Vaccination in the Punjab 1867-1880 - 1867-1880
Year: 1867
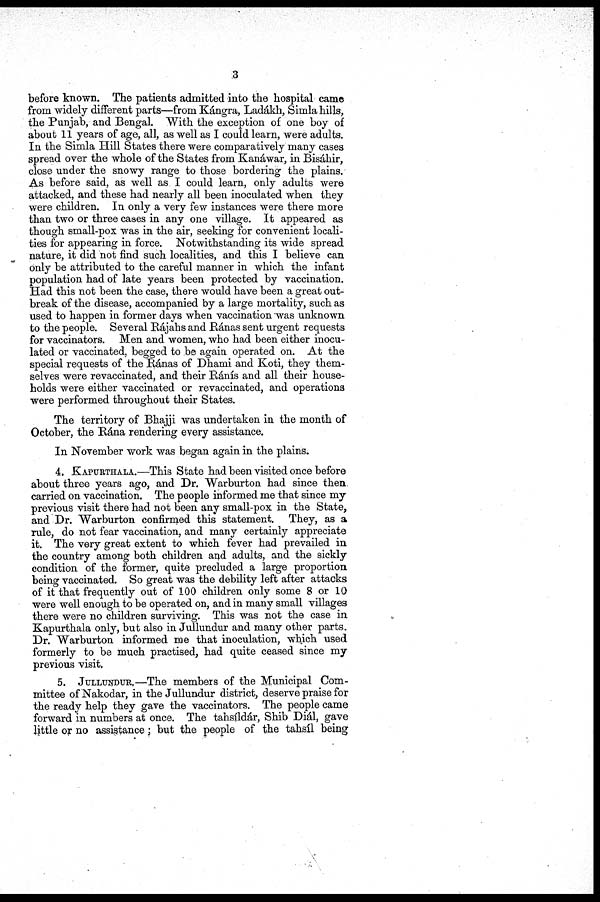
3
before known. The patients admitted into the hospital came
from widely different parts—from Kángra, Ladákh, Simla hills,
the Punjab, and Bengal. With the exception of one boy of
about 11 years of age, all, as well as I could learn, were adults.
In the Simla Hill States there were comparatively many cases
spread over the whole of the States from Kanáwar, in Bisáhir,
close under the snowy range to those bordering the plains.
As before said, as well as I could learn, only adults were
attacked, and these had nearly all been inoculated when they
were children. In only a very few instances were there more
than two or three cases in any one village. It appeared as
though small-pox was in the air, seeking for convenient locali-
ties for appearing in force. Notwithstanding its wide spread
nature, it did not find such localities, and this I believe can
only be attributed to the careful manner in which the infant
population had of late years been protected by vaccination.
Had this not been the case, there would have been a great out-
break of the disease, accompanied by a large mortality, such as
used to happen in former days when vaccination was unknown
to the people. Several Rájahs and Ránas sent urgent requests
for vaccinators. Men and women, who had been either inocu-
lated or vaccinated, begged to be again operated on. At the
special requests of the Ránas of Dhami and Koti, they them-
selves were revaccinated, and their Ránís and all their house-
holds were either vaccinated or revaccinated, and operations
were performed throughout their States.
The territory of Bhajji was undertaken in the month of
October, the Rána rendering every assistance.
In November work was began again in the plains.
4. KAPURTHALA.—This State had been visited once before
about three years ago, and Dr. Warburton had since then
carried on vaccination. The people informed me that since my
previous visit there had not been any small-pox in the State,
and Dr. Warburton confirmed this statement. They, as a
rule, do not fear vaccination, and many certainly appreciate
it. The very great extent to which fever had prevailed in
the country among both children and adults, and the sickly
condition of the former, quite precluded a large proportion
being vaccinated. So great was the debility left after attacks
of it that frequently out of 100 children only some 8 or 10
were well enough to be operated on, and in many small villages
there were no children surviving. This was not the case in
Kapurthala only, but also in Jullundur and many other parts.
Dr. Warburton informed me that inoculation, which used
formerly to be much practised, had quite ceased since my
previous visit.
5. JULLUNDUR.—The members of the Municipal Com-
mittee of Nakodar, in the Jullundur district, deserve praise for
the ready help they gave the vaccinators. The people came
forward in numbers at once. The tahsíldár, Shib Diál, gave
little or no assistance; but the people of the tahsíl being